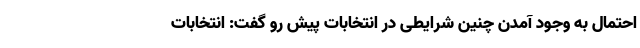
احتمال به وجود آمدن چنین شرایطی در انتخابات پیش رو گفت:‌ انتخابات